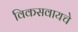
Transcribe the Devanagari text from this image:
विकसवायचे